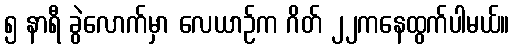
၅ နာရီ ခွဲလောက်မှာ လေယာဉ်က ဂိတ် ၂၂ကနေထွက်ပါမယ်။